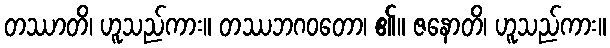
တဿာတိ၊ ဟူသည်ကား။ တဿဘဂဝတော၊ ၏။ ဇနောတိ၊ ဟူသည်ကား။